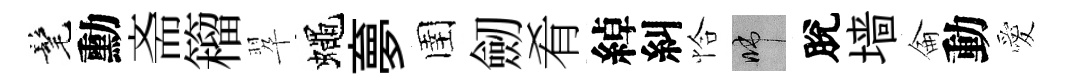
髦勳斋籕翆蠅夣圉劒肴綽糾恰啼脫墙侖動愛